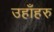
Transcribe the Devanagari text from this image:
उहाँहरु